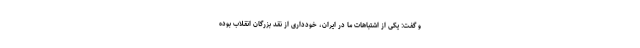
و گفت: یکی از اشتباهات ما در ایران، خودداری از نقد بزرگان انقلاب بوده